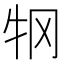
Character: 𰠫